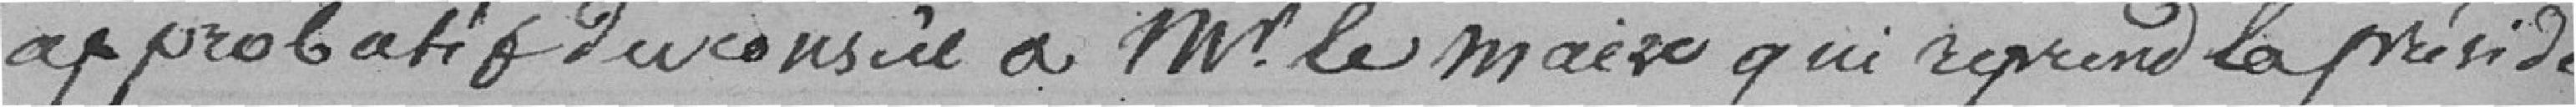
approbatif du Conseil à Monsieur le Maire qui reprend la présidence